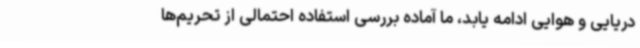
دریایی و هوایی ادامه یابد، ما آماده‌ بررسی استفاده احتمالی از تحریم‌ها